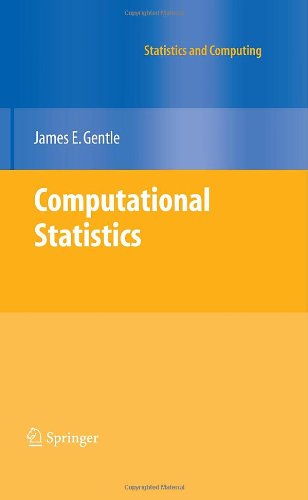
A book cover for Computational Statistics (Statistics and Computing); James E. Gentle; Computers & Technology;